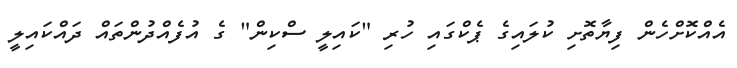
އެއްކޮށްހެން ފިޔާތޮށި ކުލައިގެ ޕެކްގައި ހުރި "ކައިލީ ސްކިން" ގެ އުފެއްދުންތައް ދައްކައިލީ